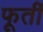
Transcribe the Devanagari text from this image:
फूर्ती